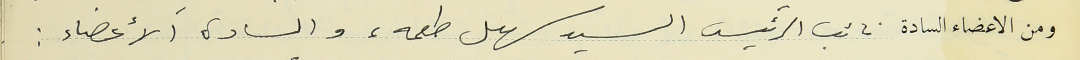
ومن الاعضاء السادة نائب الرئيس السيد سهيل طعمه، والسادة الأعضاء :